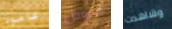
عامود العروض وشاهدت